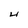
Character: U